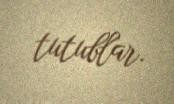
tutublar.